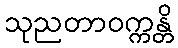
သုညတာဝက္ကန္တိ